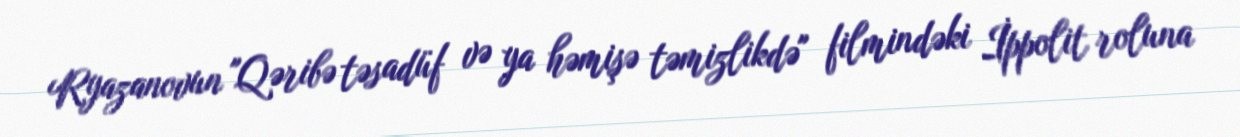
Ryazanovun "Qəribə təsadüf və ya həmişə təmizlikdə" filmindəki İppolit roluna